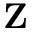
{ \bf Z }